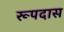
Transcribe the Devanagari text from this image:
रूपदास